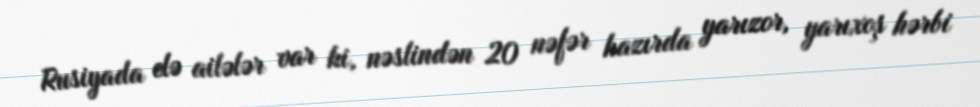
Rusiyada elə ailələr var ki, nəslindən 20 nəfər hazırda yarızor, yarıxoş hərbi